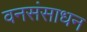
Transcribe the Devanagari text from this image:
वनसंसाधन